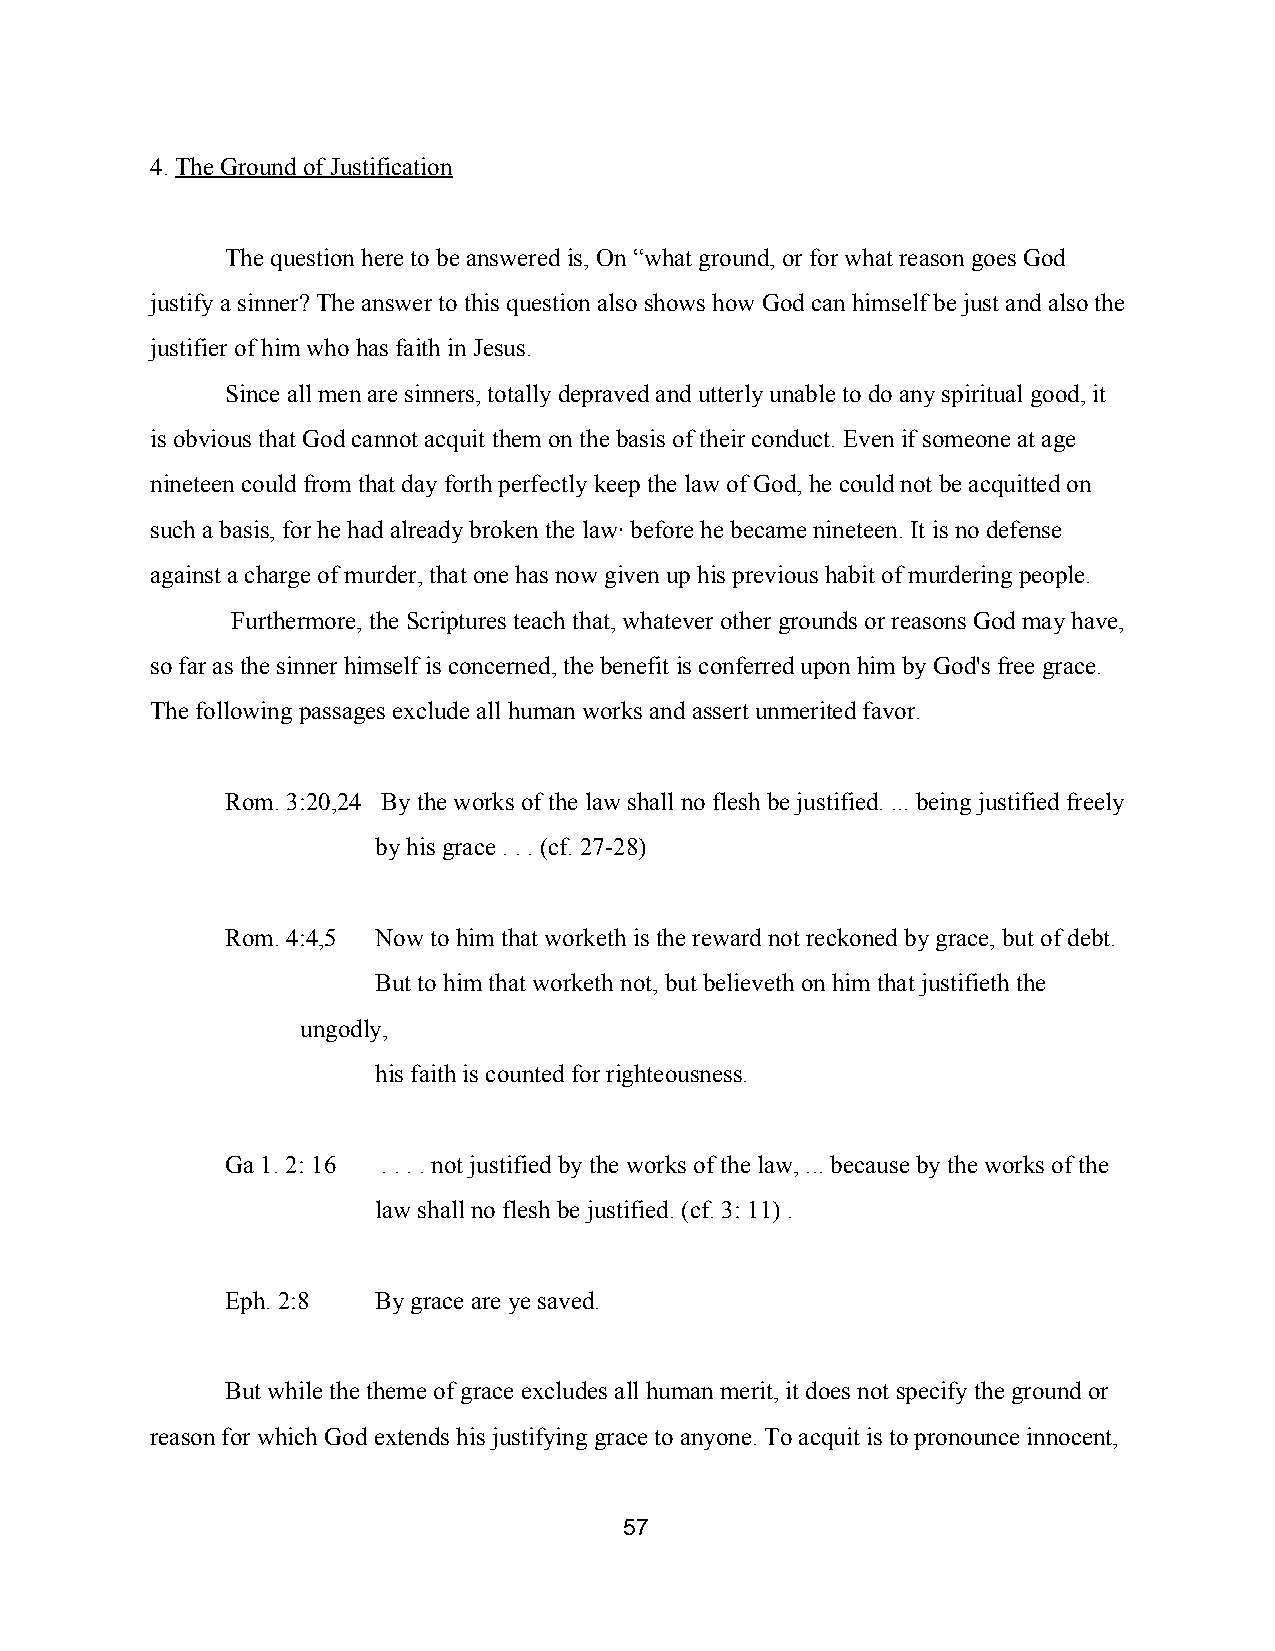
4. The Ground of Justification
 ​
 The question here to be answered is, On “what ground, or for what reason goes God
 justify a sinner? The answer to this question also shows how God can himself be just and also the
 justifier of him who has faith in Jesus.
 Since all men are sinners, totally depraved and utterly unable to do any spiritual good, it
 is obvious that God cannot acquit them on the basis of their conduct. Even if someone at age
 nineteen could from that day forth perfectly keep the law of God, he could not be acquitted on
 such a basis, for he had already broken the law∙ before he became nineteen. It is no defense
 against a charge of murder, that one has now given up his previous habit of murdering people.
 Furthermore, the Scriptures teach that, whatever other grounds or reasons God may have,
 so far as the sinner himself is concerned, the benefit is conferred upon him by God's free grace.
 The following passages exclude all human works and assert unmerited favor.
 Rom. 3:20,24 By the works of the law shall no flesh be justified. ... being justified freely
 by his grace . . . (cf. 27­28)
 Rom. 4:4,5 Now to him that worketh is the reward not reckoned by grace, but of debt.
 But to him that worketh not, but believeth on him that justifieth the
 ungodly,
 his faith is counted for righteousness.
 Ga 1. 2: 16 . . . . not justified by the works of the law, ... because by the works of the
 law shall no flesh be justified. (cf. 3: 11) .
 Eph. 2:8  By grace are ye saved.
 But while the theme of grace excludes all human merit, it does not specify the ground or
 reason for which God extends his justifying grace to anyone. To acquit is to pronounce innocent,
 57